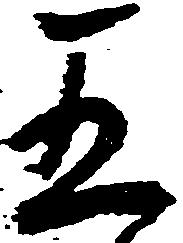
五